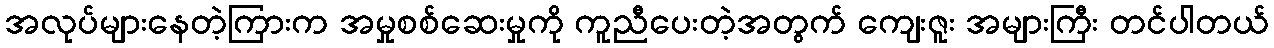
အလုပ်များနေတဲ့ကြားက အမှုစစ်ဆေးမှုကို ကူညီပေးတဲ့အတွက် ကျေးဇူး အများကြီး တင်ပါတယ်